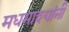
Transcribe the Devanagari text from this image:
मधमाश्यांनी